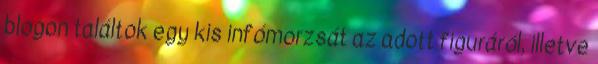
blogon találtok egy kis infómorzsát az adott figuráról, illetve